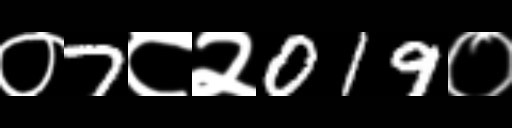
Text: ०7८२019०